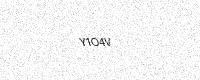
Text: Y1O4V